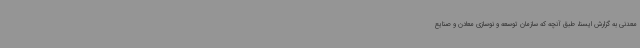
معدنی به گزارش ایسنا، طبق آنچه که سازمان توسعه و نوسازی معادن و صنایع